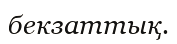
бекзаттық.